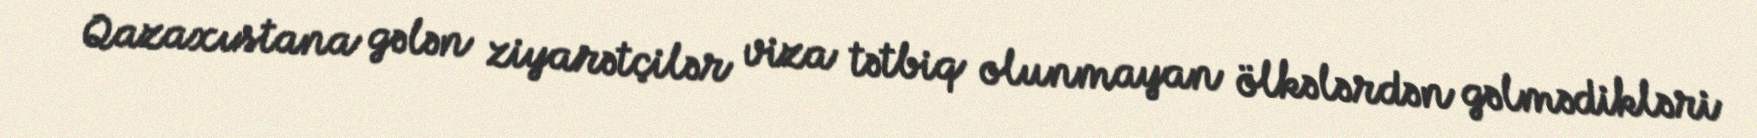
Qazaxıstana gələn ziyarətçilər viza tətbiq olunmayan ölkələrdən gəlmədikləri